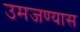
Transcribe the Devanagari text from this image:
उमजण्यास